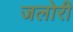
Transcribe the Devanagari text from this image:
जलोरी